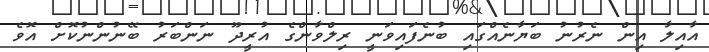
އާއިލާ އިން ނެރުނު ބަޔާނެއްގައި ބުނެފައިވަނީ ރިލްވާންގެ އުރީދޫ ނަންބަރު ބޭނުންނުކޮށް އޮވެ